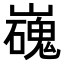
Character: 𡾖